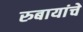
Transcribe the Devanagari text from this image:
रुबायांचे